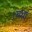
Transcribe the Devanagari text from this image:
।यथा